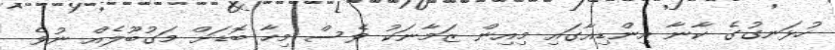
ހުޅަނގުގެ ކާނާ އިންޑިއާގައި މިއިން ޒަމާނަކު ވެސް މިހާ ބޮޑަށް މަގުބޫލެއް ނުވެ